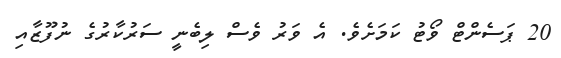
20 ޕަސެންޓް ވޯޓު ކަމަށެވެ. އެ ވަރު ވެސް ލިބެނީ ސަރުކާރުގެ ނުފޫޒާއި